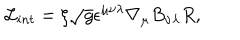
LaTeX: \mathcal { L } _ { i n t } = \xi \sqrt { g } \epsilon ^ { \mu \nu \lambda } \nabla _ { \mu } B _ { \nu \lambda } R ,